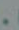
.